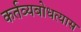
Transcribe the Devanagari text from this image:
कर्तव्यबोधत्यास